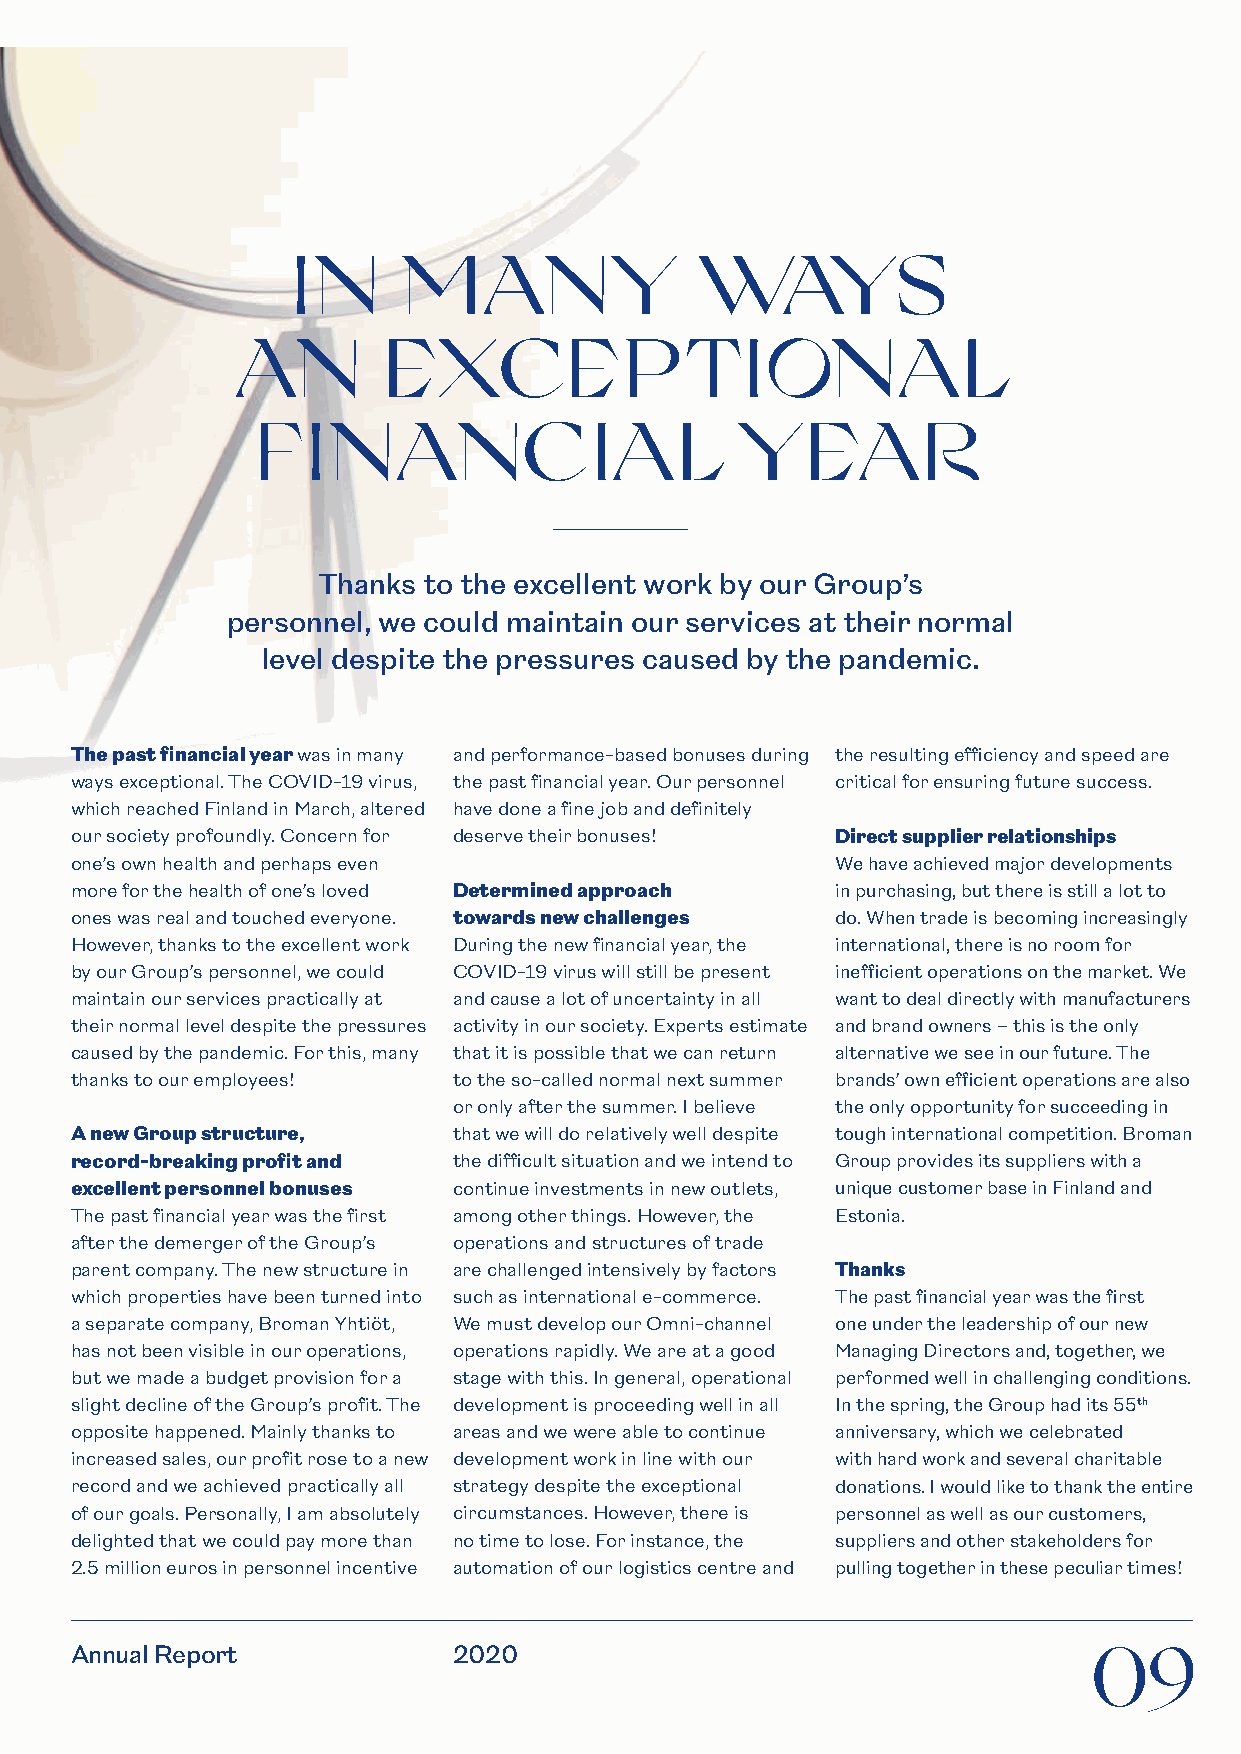
IN      MAN           Y    WAYS
 AN       EXCEPTIONAL
 FINANCIAL                       YEAR
 Thanks to the excellent work by our Group’s
 personnel, we could maintain our services at their normal
 level despite the pressures caused by the pandemic.
 The past financial year was in many and performance-based bonuses during the resulting efficiency and speed are
 ways exceptional. The COVID-19 virus, the past financial year. Our personnel critical for ensuring future success.
 which reached Finland in March, altered have done a fine job and definitely
 our society profoundly. Concern for deserve their bonuses! Direct supplier relationships
 one’s own health and perhaps even                 We have achieved major developments
 more for the health of one’s loved Determined approach in purchasing, but there is still a lot to
 ones was real and touched everyone. towards new challenges do. When trade is becoming increasingly
 However, thanks to the excellent work During the new financial year, the international, there is no room for
 by our Group’s personnel, we could COVID-19 virus will still be present inefficient operations on the market. We
 maintain our services practically at and cause a lot of uncertainty in all want to deal directly with manufacturers
 their normal level despite the pressures activity in our society. Experts estimate and brand owners – this is the only
 caused by the pandemic. For this, many that it is possible that we can return alternative we see in our future. The
 thanks to our employees! to the so-called normal next summer brands’ own efficient operations are also
 or only after the summer. I believe the only opportunity for succeeding in
 A new Group structure,   that we will do relatively well despite tough international competition. Broman
 record-breaking profit and the difficult situation and we intend to Group provides its suppliers with a
 excellent personnel bonuses continue investments in new outlets, unique customer base in Finland and
 The past financial year was the first among other things. However, the Estonia.
 after the demerger of the Group’s operations and structures of trade
 parent company. The new structure in are challenged intensively by factors Thanks
 which properties have been turned into such as international e-commerce. The past financial year was the first
 a separate company, Broman Yhtiöt, We must develop our Omni-channel one under the leadership of our new
 has not been visible in our operations, operations rapidly. We are at a good Managing Directors and, together, we
 but we made a budget provision for a stage with this. In general, operational performed well in challenging conditions.
 slight decline of the Group’s profit. The development is proceeding well in all In the spring, the Group had its 55th
 opposite happened. Mainly thanks to areas and we were able to continue anniversary, which we celebrated
 increased sales, our profit rose to a new development work in line with our with hard work and several charitable
 record and we achieved practically all strategy despite the exceptional donations. I would like to thank the entire
 of our goals. Personally, I am absolutely circumstances. However, there is personnel as well as our customers,
 delighted that we could pay more than no time to lose. For instance, the suppliers and other stakeholders for
 2.5 million euros in personnel incentive automation of our logistics centre and pulling together in these peculiar times!
 Annual Report            2020                                      09